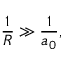
\frac { 1 } { R } \gg \frac { 1 } { a _ { 0 } } ,